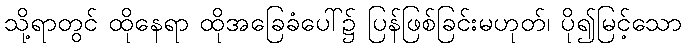
သို့ရာတွင် ထိုနေရာ ထိုအခြေခံပေါ်၌ ပြန်ဖြစ်ခြင်းမဟုတ်၊ ပို၍မြင့်သော